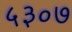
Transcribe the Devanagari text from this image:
५३०७